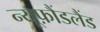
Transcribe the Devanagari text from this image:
न्यूफ़ौंडलैंड